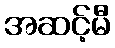
အဆင့်မီ